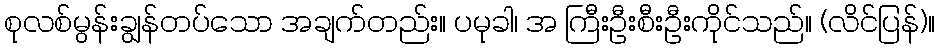
စုလစ်မွန်းချွန်တပ်သော အချက်တည်း။ ပမုခါ၊ အ ကြီးဦးစီးဦးကိုင်သည်။ (လိင်ပြန်)။